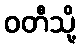
ဝတီသို့